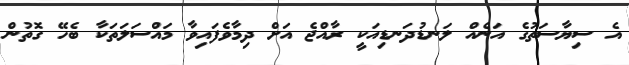
އެ ސިޔާސަތުގެ އަނެއް ލަނޑުދަނޑިއަކީ ރާއްޖެ އަށް ދިމާވެފައިވާ މައްސަލަތަކާ ބެހޭ ގޮތުން